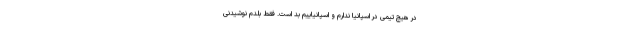
در هیچ تیمی در اسپانیا ندارم و اسپانیاییم بد است. فقط بلدم نوشیدنی